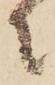
に